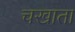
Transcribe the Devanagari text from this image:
चखाता